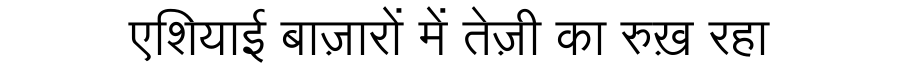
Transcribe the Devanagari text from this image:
एशियाई बाज़ारों में तेज़ी का रुख़ रहा